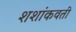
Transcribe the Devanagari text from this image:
शशांकवती